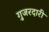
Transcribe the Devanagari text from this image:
गुजरदारी